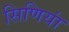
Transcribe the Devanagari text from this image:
सिणियां